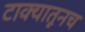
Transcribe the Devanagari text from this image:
टाक्यातूनच